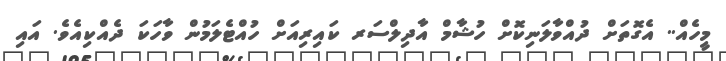
މީހެއް.. އެގޮތަށް ދުއްވާލަނިކޮށް ހުޝާމް އާދިލްސަރ ކައިރިއަށް ހުއްޓެލަމުން ވާހަކަ ދެއްކިއެވެ. އައި